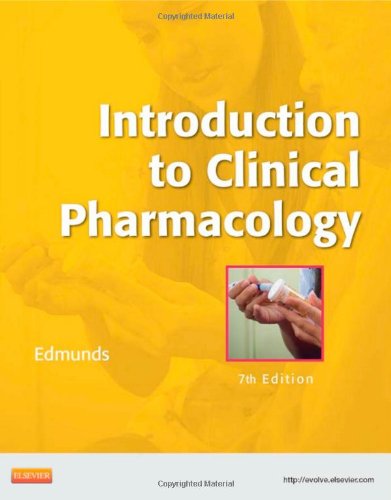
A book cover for Introduction to Clinical Pharmacology, 7e; Marilyn Winterton Edmunds PhD  ANP/GNP; Medical Books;